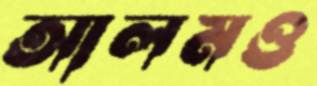
আলমও